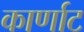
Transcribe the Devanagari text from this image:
कार्णाट